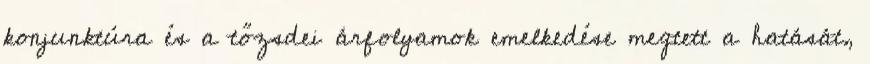
konjunktúra és a tőzsdei árfolyamok emelkedése megtett a hatását,